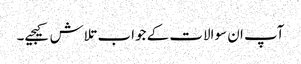
آپ ان سوالات کے جواب تلاش کیجیے۔